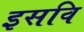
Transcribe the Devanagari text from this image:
इसवि